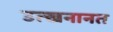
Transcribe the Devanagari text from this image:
उत्खनानत